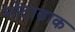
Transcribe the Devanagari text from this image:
मोटाढाक